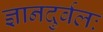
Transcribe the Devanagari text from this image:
ज्ञानदुर्बलः